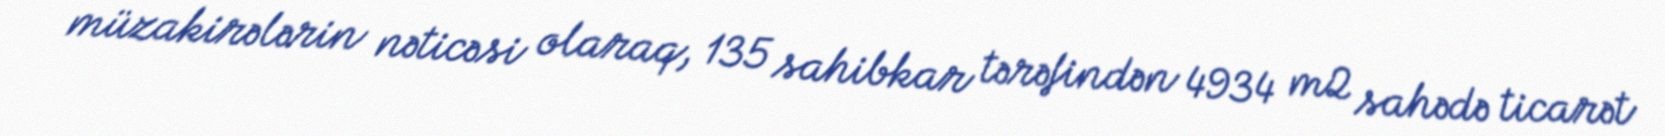
müzakirələrin nəticəsi olaraq, 135 sahibkar tərəfindən 4934 m2 sahədə ticarət